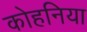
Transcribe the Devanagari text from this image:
कोहनिया